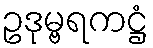
ဥဒုမ္ဗရကဋ္ဌံ